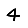
Digit: 4